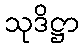
သုဒိဋ္ဌာ